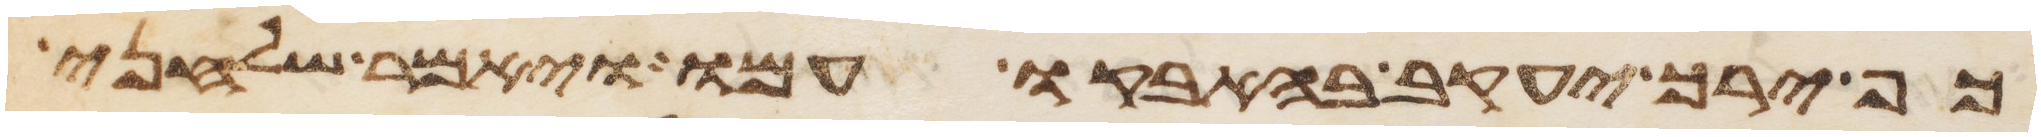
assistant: כף ירך יעקב בהאבקו עמו ויאמר שלחני